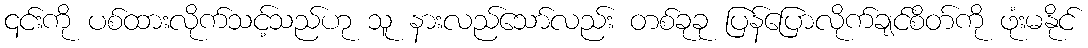
၎င်းကို ပစ်ထားလိုက်သင့်သည်ဟု သူ နားလည်သော်လည်း တစ်ခုခု ပြန်ပြောလိုက်ချင်စိတ်ကို ဖုံးမနိုင်